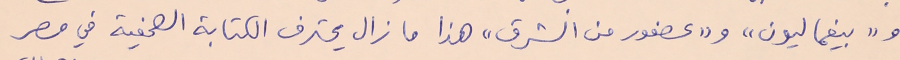
و"بيغماليون" و"عصفور من الشرق" هذا ما زال يحترف الكتابة الصحفية في مصر